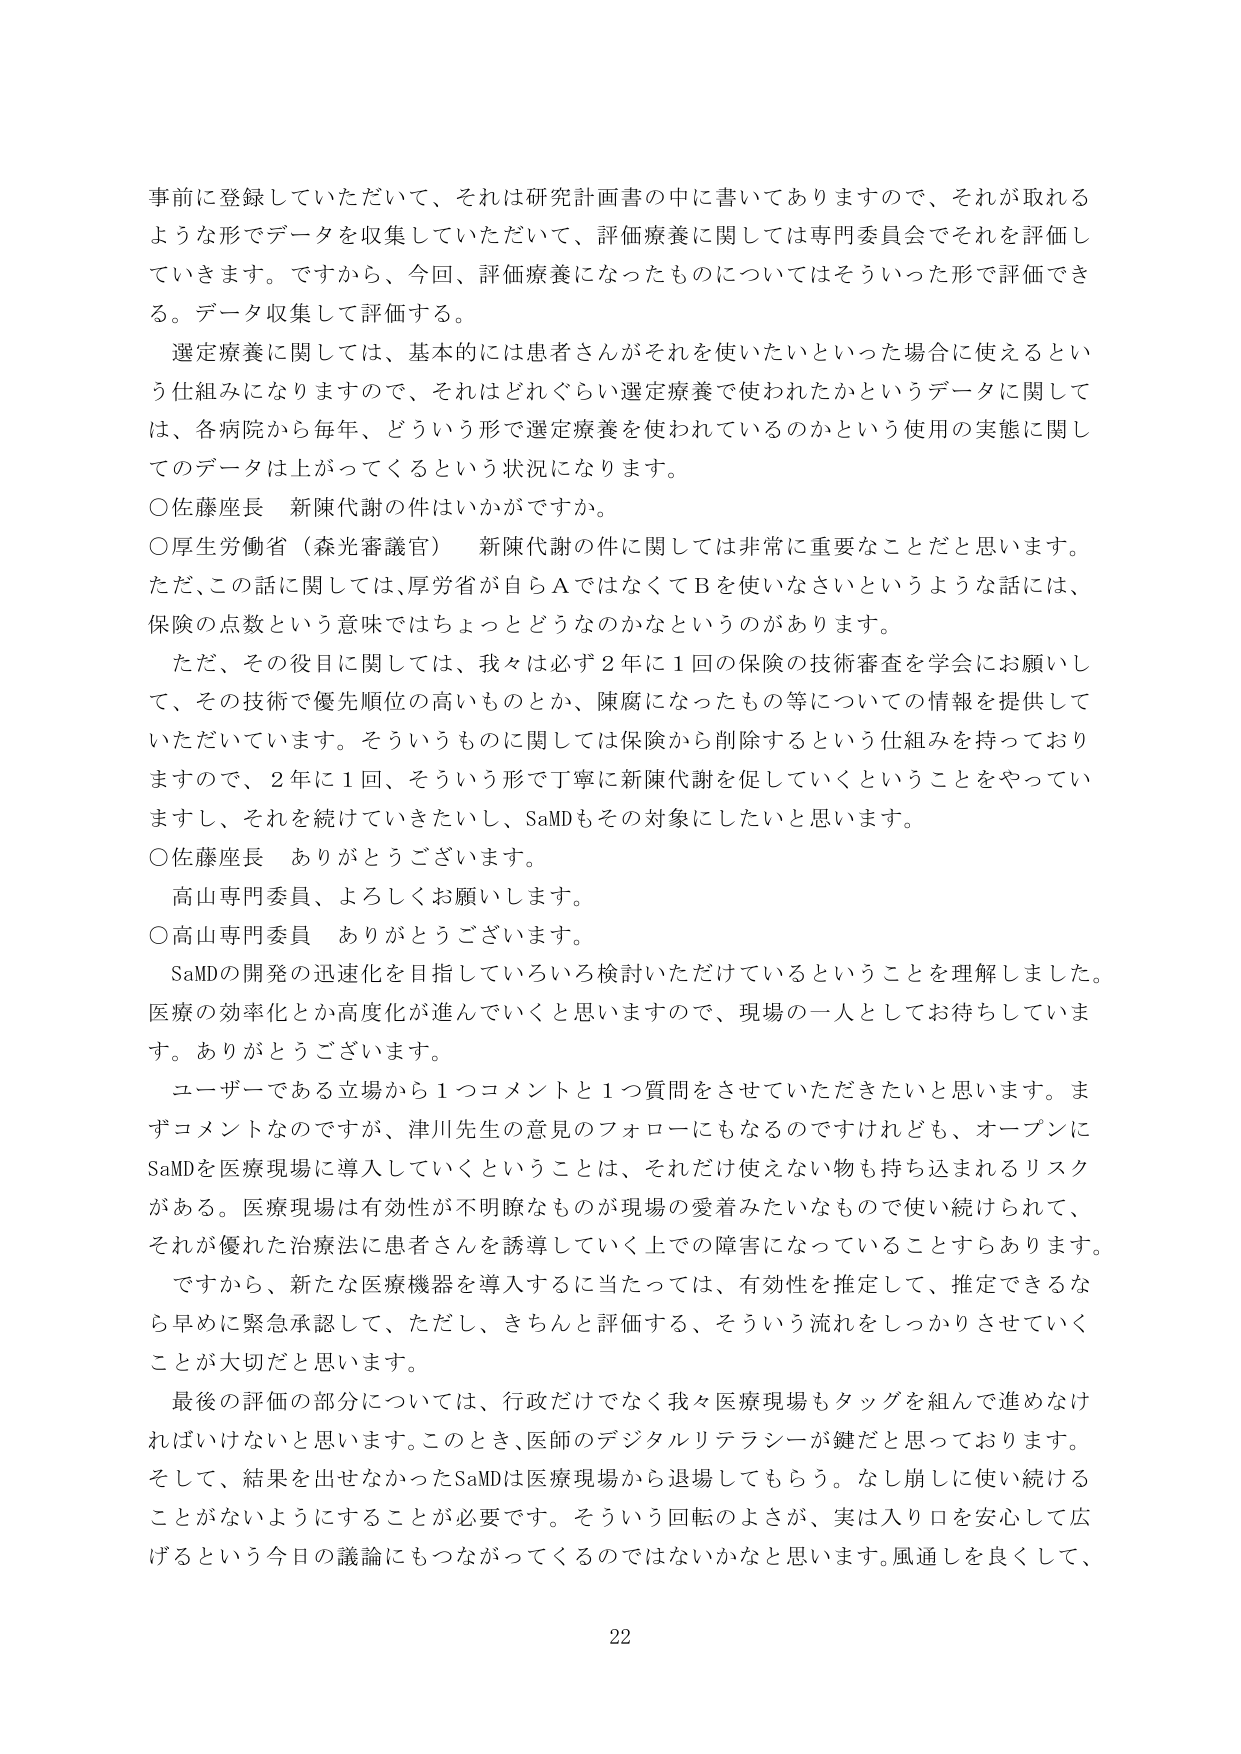
事前に登録していただいて、それは研究計画書の中に書いてありますので、それが取れるような形でデータを収集していただいて、評価療養に関しては専門委員会でそれを評価していきます。ですから、今回、評価療養になったものについてはそういった形で評価できる。データ収集して評価する。

選定療養に関しては、基本的には患者さんがそれを使いたいといった場合に使えるという仕組みになりますので、それはどれぐらい選定療養で使われたかというデータに関しては、各病院から毎年、どういう形で選定療養を使われているのかという使用の実態に関してのデータは上がってくるという状況になります。

○佐藤座長　新陳代謝の件はいかがですか。

○厚生労働省（森光審議官）　新陳代謝の件に関しては非常に重要なことだと思います。ただ、この話に関しては、厚労省が自らＡではなくてＢを使いなさいというような話には、保険の点数という意味ではちょっとどうなのかなというのがあります。

　ただ、その役目に関しては、我々は必ず２年に１回の保険の技術審査を学会にお願いして、その技術で優先順位の高いものとか、陳腐になったもの等についての情報を提供していただいています。そういうものに関しては保険から削除するという仕組みを持っておりますので、２年に１回、そういう形で丁寧に新陳代謝を促していくということをやっていきますし、それを続けていきたいし、SaMDもその対象にしたいと思います。

○佐藤座長　ありがとうございます。

　高山専門委員、よろしくお願いします。

○高山専門委員　ありがとうございます。

　SaMDの開発の迅速化を目指していろいろ検討いただけているということを理解しました。医療の効率化とか高度化が進んでいくと思いますので、現場の一人としてお待ちしています。ありがとうございます。

　ユーザーである立場から１つコメントと１つ質問をさせていただきたいと思います。まずコメントなのですが、津川先生の意見のフォローにもなるのですけれども、オープンにSaMDを医療現場に導入していくということは、それだけ使えない物も持ち込まれるリスクがある。医療現場は有効性が不明瞭なものが現場の愛着みたいなもので使い続けられて、それが優れた治療法に患者さんに誘導していく上での障害になっていることすらあります。

　ですから、新たな医療機器を導入するに当たっては、有効性を推定して、推定できるなら早めに緊急承認して、ただし、きちんと評価する、そういう流れをしっかりさせていくことが大切だと思います。

　最後の評価の部分については、行政だけでなく我々医療現場もタッグを組んで進めなければならないと思います。このとき、医師のデジタルリテラシーが鍵だと思っております。そして、結果を出せなかったSaMDは医療現場から退場してもらう。なし崩しに使い続けることがないようにすることが必要です。そういう回転のよさが、実は入り口を安心して広げるという今日の議論にもつながってくるのではないかなと思います。風通しを良くして、

22